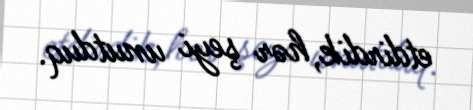
etdirdik, hər şeyi unutduq.